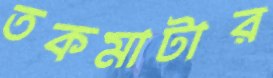
তকমাটার